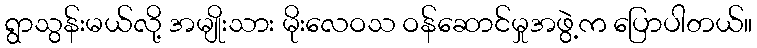
ရွာသွန်းမယ်လို့ အမျိုးသား မိုးလေဝသ ဝန်ဆောင်မှုအဖွဲ့က ပြောပါတယ်။